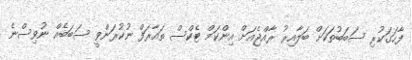
ފާހަގަކުރި ސަބަބުތަކަށް ބަލާއިރު ރާއްޖެއަށް އިންކަމް ޓެކްސް ތައާރަފް ނުކުރަންވީ ސަބަބެއް ނުވިސްނެ